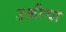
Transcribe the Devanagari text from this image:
उक्तीचा